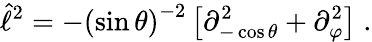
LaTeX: \hat{\ell}^{2}=-\left(\sin\theta\right)^{-2}\left[\partial_{-\cos\theta}^{2}+\partial_{\varphi}^{2}\right]\; .